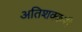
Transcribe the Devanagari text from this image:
अतिशक्करी